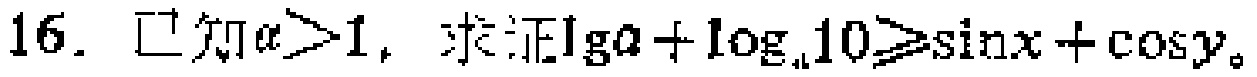
16. 已知\(a > 1\)，求证\(\lg a+\log_{a}10\geqslant\sin x+\cos y\)。